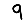
Digit: 9